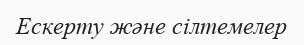
Ескерту және сілтемелер